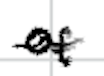
Text: of
Cross-out: mix
Writing tool: digital_black